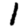
Digit: 1